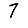
Digit: 7